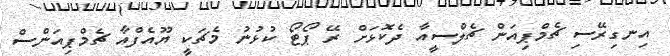
އިނގިރޭސި ޗެމްޕިއަން ޗެލްސީއާ ދެކޮޅަށް ރޭ ޕޯޓޯ ކުޅުނު މެޗަކީ ޔޫއެފްއާ ޗެމްޕިއަންސް